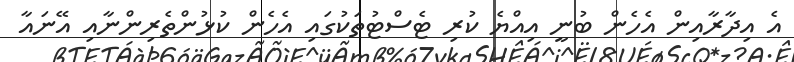
އެ އިދާރާއިން އެހެން ބުނީ އިއްޔެ ކުރި ޓެސްޓުތަކުގައި އެހެން ކުޅުންތެރިންނާއި އޭނައާ